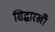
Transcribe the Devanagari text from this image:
सिद्धारखॉँ